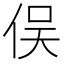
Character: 俣